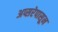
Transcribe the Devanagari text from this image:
अप्सरेपासून